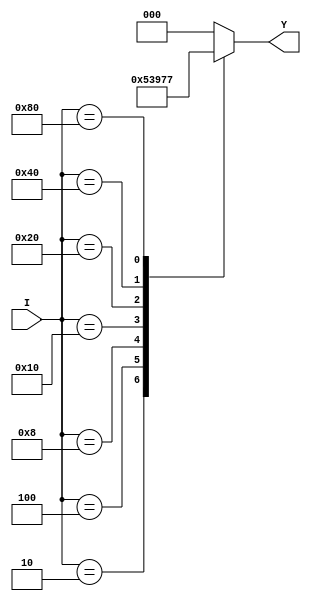
module octal_to_binary_encoder (
    input wire [7:0] I,  // 8 input lines (I0 to I7)
    output reg [2:0] Y   // 3-bit binary output (Y2, Y1, Y0)
);

    always @(*) begin
        case (I)
            8'b00000001: Y = 3'b000; // I0
            8'b00000010: Y = 3'b001; // I1
            8'b00000100: Y = 3'b010; // I2
            8'b00001000: Y = 3'b011; // I3
            8'b00010000: Y = 3'b100; // I4
            8'b00100000: Y = 3'b101; // I5
            8'b01000000: Y = 3'b110; // I6
            8'b10000000: Y = 3'b111; // I7
            default:     Y = 3'b000;  // Default case for no active input
        endcase
    end

endmodule